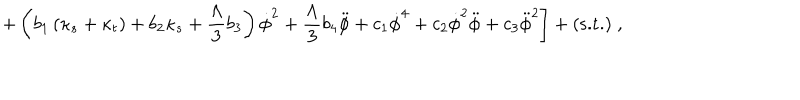
\left. + \left( b _ { 1 } \left( \kappa _ { s } + \kappa _ { t } \right) + b _ { 2 } \kappa _ { s } + \frac { \Lambda } { 3 } b _ { 3 } \right) \dot { \phi } ^ { 2 } + \frac { \Lambda } { 3 } b _ { 4 } \ddot { \phi } + c _ { 1 } \dot { \phi } ^ { 4 } + c _ { 2 } \dot { \phi } ^ { 2 } \ddot { \phi } + c _ { 3 } \ddot { \phi } ^ { 2 } \right] + ( \mathrm { s . t . } ) \; ,